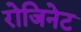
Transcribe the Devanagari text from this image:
रोजिनेट